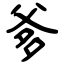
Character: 爹